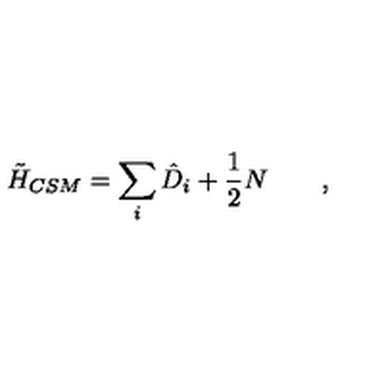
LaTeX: \tilde { H } _ { C S M } = \sum _ { i } \hat { D } _ { i } + \frac { 1 } { 2 } N \qquad ,